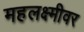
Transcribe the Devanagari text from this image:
महलक्ष्मीवर